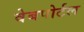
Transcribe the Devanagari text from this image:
वेबपोर्टल